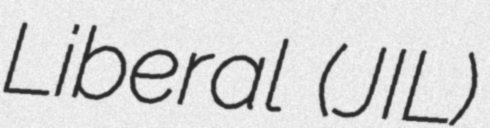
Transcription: Liberal (JIL)